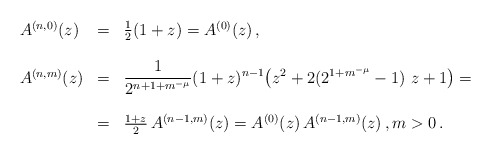
\begin{align*} \begin{array}{lcl} A^{(n,0)}(z) &=& \frac 12(1+z)= A^{(0)}(z)\,, \\ \\A^{(n,m)}(z) &=& \displaystyle{\frac{1}{2^{ n+1+m^{-\mu}} } (1+z)^{n-1}\bigl (z^2+2(2^{1+m^{-\mu}}-1)\ z+1\bigr )}= \\ \\ &=& \frac{1+z}2 \, A^{(n-1,m)}(z) = A^{(0)}(z) \, A^{(n-1,m)}(z) \,, m> 0\,.\end{array} \end{align*}